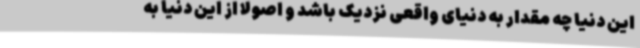
این دنیا چه مقدار به دنیای واقعی نزدیک باشد و اصولا از این دنیا به